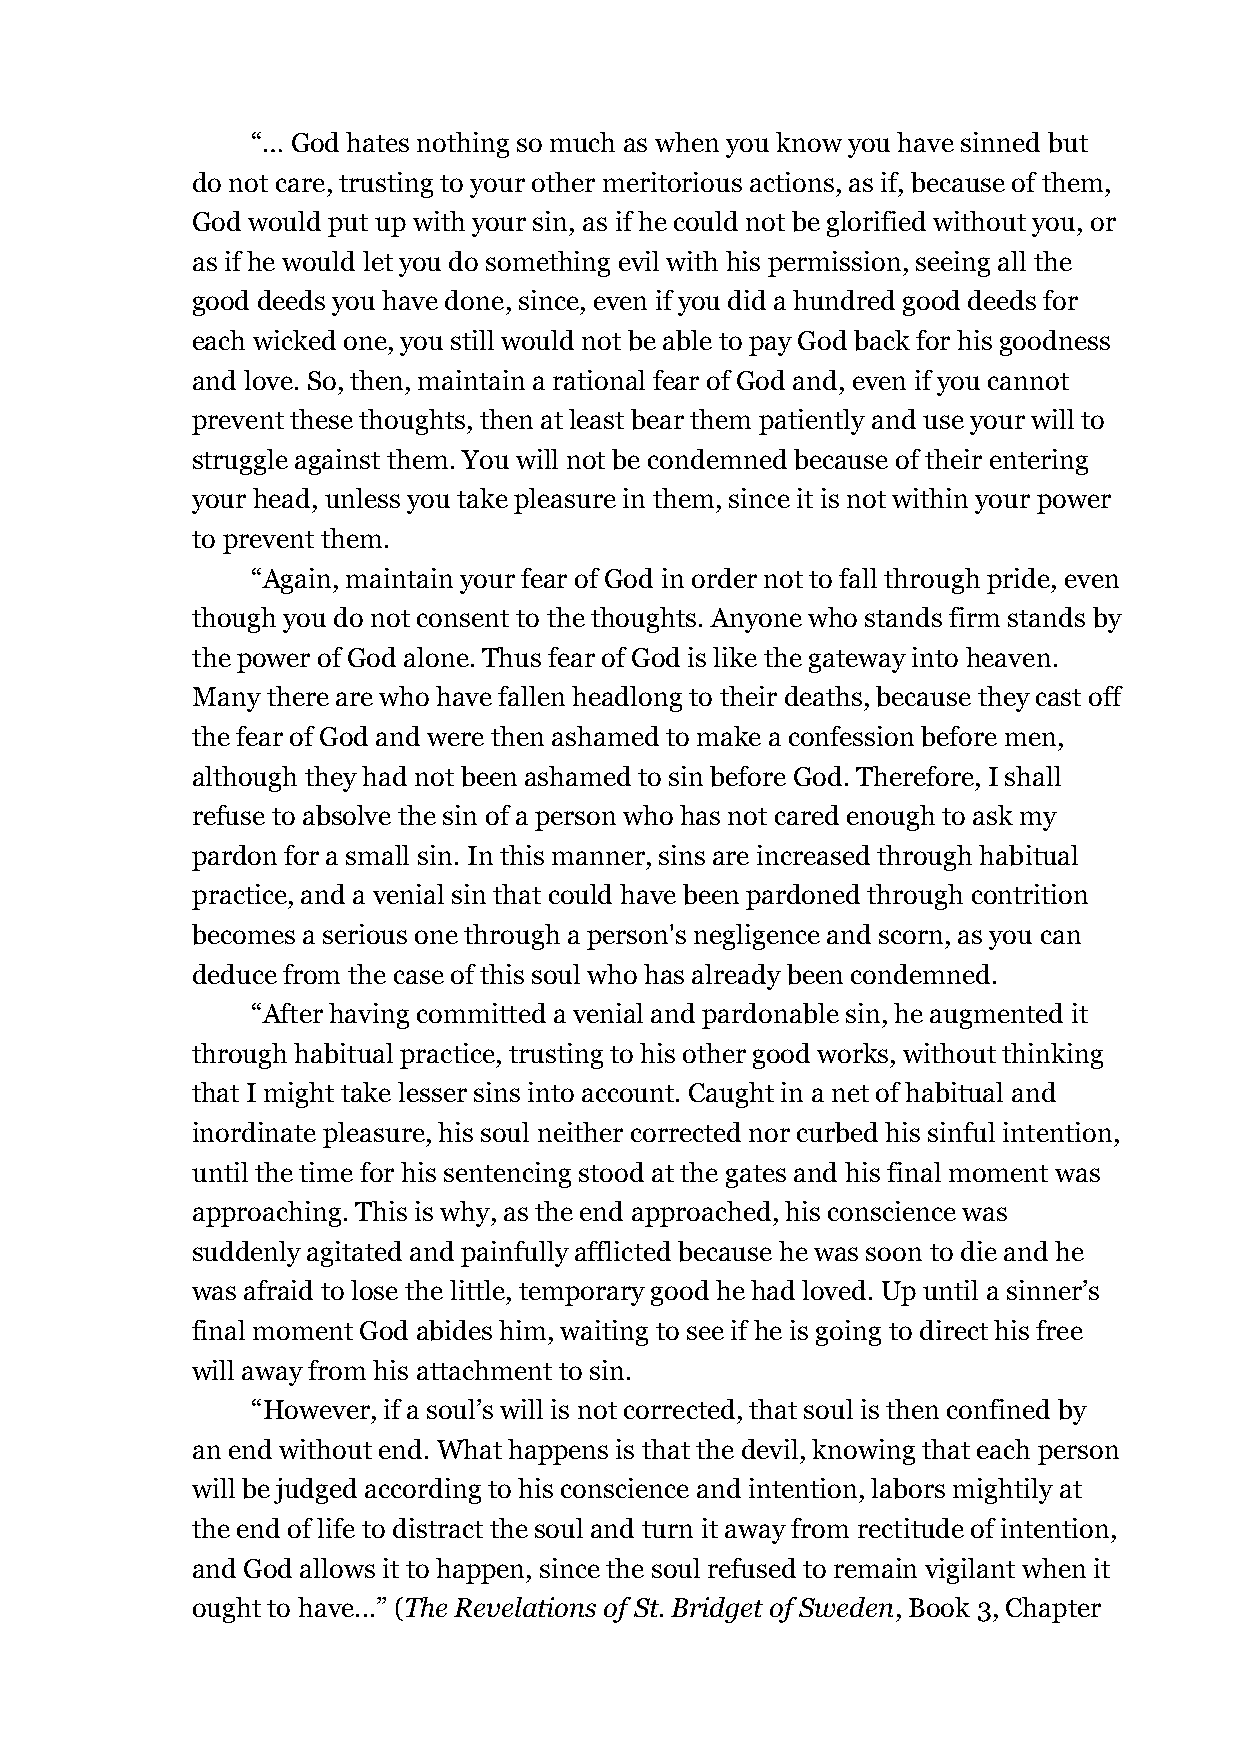
“… God hates nothing so much as when you know you have sinned but
 do not care, trusting to your other meritorious actions, as if, because of them,
 God would put up with your sin, as if he could not be glorified without you, or
 as if he would let you do something evil with his permission, seeing all the
 good deeds you have done, since, even if you did a hundred good deeds for
 each wicked one, you still would not be able to pay God back for his goodness
 and love. So, then, maintain a rational fear of God and, even if you cannot
 prevent these thoughts, then at least bear them patiently and use your will to
 struggle against them. You will not be condemned because of their entering
 your head, unless you take pleasure in them, since it is not within your power
 to prevent them.
 “Again, maintain your fear of God in order not to fall through pride, even
 though you do not consent to the thoughts. Anyone who stands firm stands by
 the power of God alone. Thus fear of God is like the gateway into heaven.
 Many there are who have fallen headlong to their deaths, because they cast off
 the fear of God and were then ashamed to make a confession before men,
 although they had not been ashamed to sin before God. Therefore, I shall
 refuse to absolve the sin of a person who has not cared enough to ask my
 pardon for a small sin. In this manner, sins are increased through habitual
 practice, and a venial sin that could have been pardoned through contrition
 becomes a serious one through a person's negligence and scorn, as you can
 deduce from the case of this soul who has already been condemned.
 “After having committed a venial and pardonable sin, he augmented it
 through habitual practice, trusting to his other good works, without thinking
 that I might take lesser sins into account. Caught in a net of habitual and
 inordinate pleasure, his soul neither corrected nor curbed his sinful intention,
 until the time for his sentencing stood at the gates and his final moment was
 approaching. This is why, as the end approached, his conscience was
 suddenly agitated and painfully afflicted because he was soon to die and he
 was afraid to lose the little, temporary good he had loved. Up until a sinner’s
 final moment God abides him, waiting to see if he is going to direct his free
 will away from his attachment to sin.
 “However, if a soul’s will is not corrected, that soul is then confined by
 an end without end. What happens is that the devil, knowing that each person
 will be judged according to his conscience and intention, labors mightily at
 the end of life to distract the soul and turn it away from rectitude of intention,
 and God allows it to happen, since the soul refused to remain vigilant when it
 ought to have...” (The Revelations of St. Bridget of Sweden, Book 3, Chapter